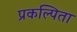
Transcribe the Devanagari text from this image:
प्रकल्पिता